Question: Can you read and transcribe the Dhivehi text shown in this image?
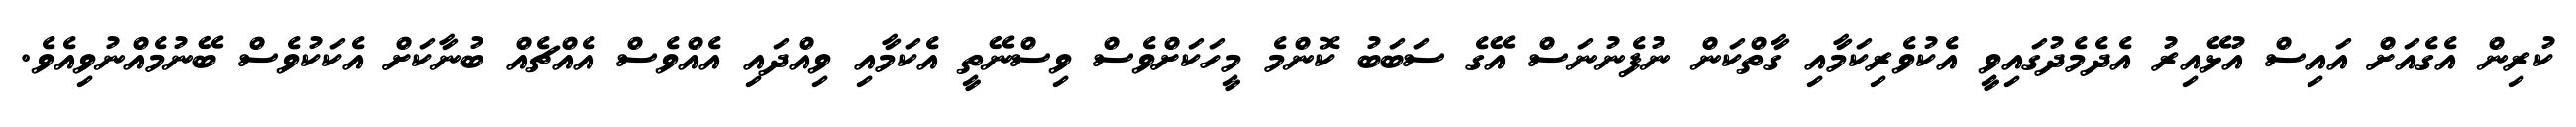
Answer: ކުރިން އެގެއަށް އައިސް އުޅޭއިރު އެދެމެދުގައިވީ އެކުވެރިކަމާއި ގާތްކަން ނުފެނުނަސް އޭގެ ސަބަބު ކޮންމެ މީހަކަށްވެސް ވިސްނޭތީ އެކަމާއި ވިއްދައި އެއްވެސް އެއްޗެއް ބުނާކަށް އެކަކުވެސް ބޭނުމެއްނުވިއެވެ.